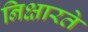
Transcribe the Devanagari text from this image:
निक्षारते